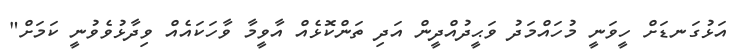
އަޅުގަނޑަށް ހީވަނީ މުހައްމަދު ވަޙީދުއްދީން އަދި ތަންކޮޅެއް އާވީމާ ވާހަކައެއް ވިދާޅުވެވުނީ ކަމަށް"